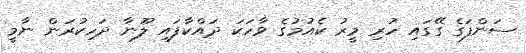
ސަންފަގެ ގޭގައި ހުރި މީރު ކެއުމުގެ ވާހަކަ ދައްކާފައި ލޫނާ ދަހިކުރަން ނާމީ